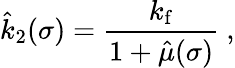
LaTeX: \hat{k}_{2}(\sigma)=\frac{k_{\mathrm{f}}}{1+\hat{\mu}(\sigma)}\ ,